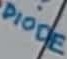
Text: DIODE